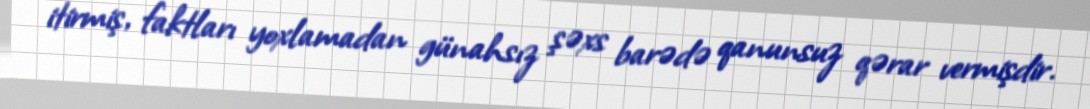
itirmiş, faktları yoxlamadan günahsız şəxs barədə qanunsuz qərar vermişdir.